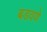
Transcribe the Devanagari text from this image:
बडवणे